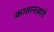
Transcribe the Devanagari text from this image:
कातानज़ारो